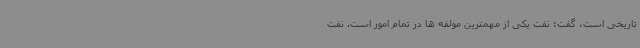
تاریخی است، گفت: نفت یکی از مهمترین مولفه ها در تمام امور است. نفت